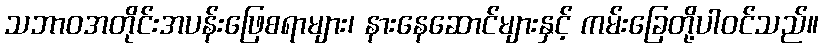
သဘာဝအတိုင်းအပန်းဖြေစရာများ၊ နားနေဆောင်များနှင့် ကမ်းခြေတို့ပါဝင်သည်။